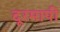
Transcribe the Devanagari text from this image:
दूरमापी